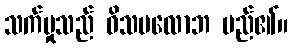
သက်မှုသည် ဝိသမလောဘ မည်၏။